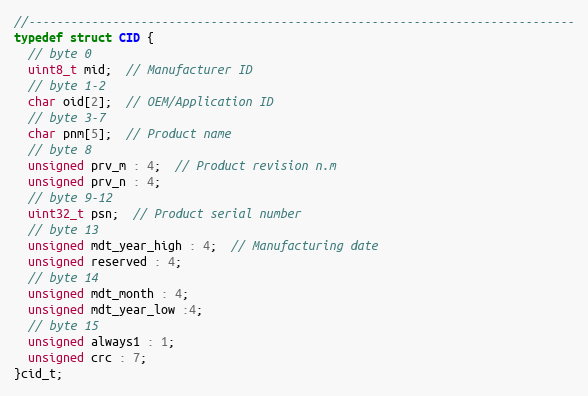
Language: C
//------------------------------------------------------------------------------
typedef struct CID {
  // byte 0
  uint8_t mid;  // Manufacturer ID
  // byte 1-2
  char oid[2];  // OEM/Application ID
  // byte 3-7
  char pnm[5];  // Product name
  // byte 8
  unsigned prv_m : 4;  // Product revision n.m
  unsigned prv_n : 4;
  // byte 9-12
  uint32_t psn;  // Product serial number
  // byte 13
  unsigned mdt_year_high : 4;  // Manufacturing date
  unsigned reserved : 4;
  // byte 14
  unsigned mdt_month : 4;
  unsigned mdt_year_low :4;
  // byte 15
  unsigned always1 : 1;
  unsigned crc : 7;
}cid_t;